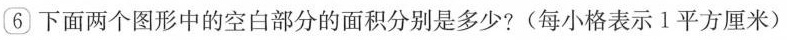
6下面两个图形中的空白部分的面积分别是多少?(每小格表示1平方厘米)